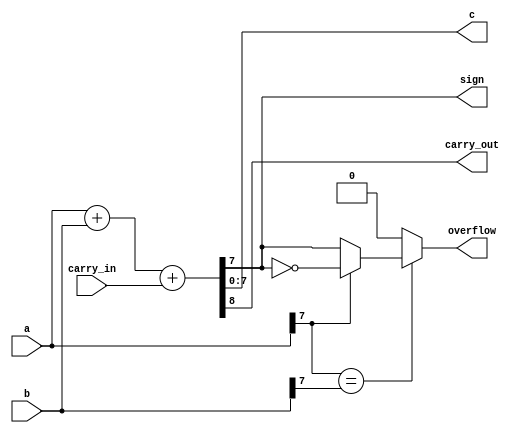
module add8(
  input [7:0] a, b,
  input carry_in,
  output [7:0] c,
  output reg sign,
  output reg overflow,
  output carry_out
);
  
wire [8:0] tmp = a + b + carry_in;

assign c = tmp[7:0];
assign carry_out = tmp[8];
  
always @(*) begin
  overflow = 0;
  sign = (c[7] == 1);
  if (a[7] == b[7]) begin
    if (a[7] == 0)
      overflow = (sign == 1);
    if (a[7] == 1)
      overflow = (sign == 0);
  end
end
  
endmodule